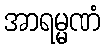
အာရမ္မဏံ